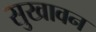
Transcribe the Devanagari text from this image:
सुखावन